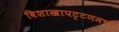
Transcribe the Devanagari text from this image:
विशाखापट्टणमची